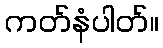
ကတ်နံပါတ်။